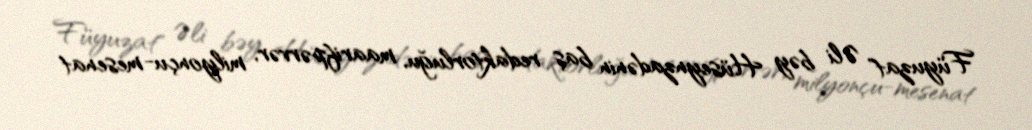
Füyuzat" Əli bəy Hüseynzadənin baş redaktorluğu, maarifpərvər, milyonçu-mesenat